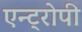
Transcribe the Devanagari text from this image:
एन्ट्रोपी